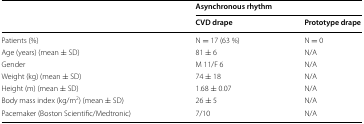
<table><thead><tr><td rowspan="2"></td><td colspan="2"><b>Asynchronous rhythm</b></td></tr><tr><td><b>CVD drape</b></td><td><b>Prototype drape</b></td></tr></thead><tbody><tr><td>Patients (%)</td><td>N = 17 (63 %)</td><td>N = 0</td></tr><tr><td>Age (years) (mean ± SD)</td><td>81 ± 6</td><td>N/A</td></tr><tr><td>Gender</td><td>M 11/F 6</td><td>N/A</td></tr><tr><td>Weight (kg) (mean ± SD)</td><td>74 ± 18</td><td>N/A</td></tr><tr><td>Height (m) (mean ± SD)</td><td>1.68 ± 0.07</td><td>N/A</td></tr><tr><td>Body mass index (kg/m<sup>2</sup>) (mean ± SD)</td><td>26 ± 5</td><td>N/A</td></tr><tr><td>Pacemaker (Boston Scientific/Medtronic)</td><td>7/10</td><td>N/A</td></tr></tbody></table>